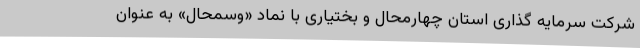
شرکت سرمایه گذاری استان چهارمحال و بختیاری با نماد «وسمحال» به عنوان